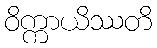
ဝိက္ကာယိဿတိ